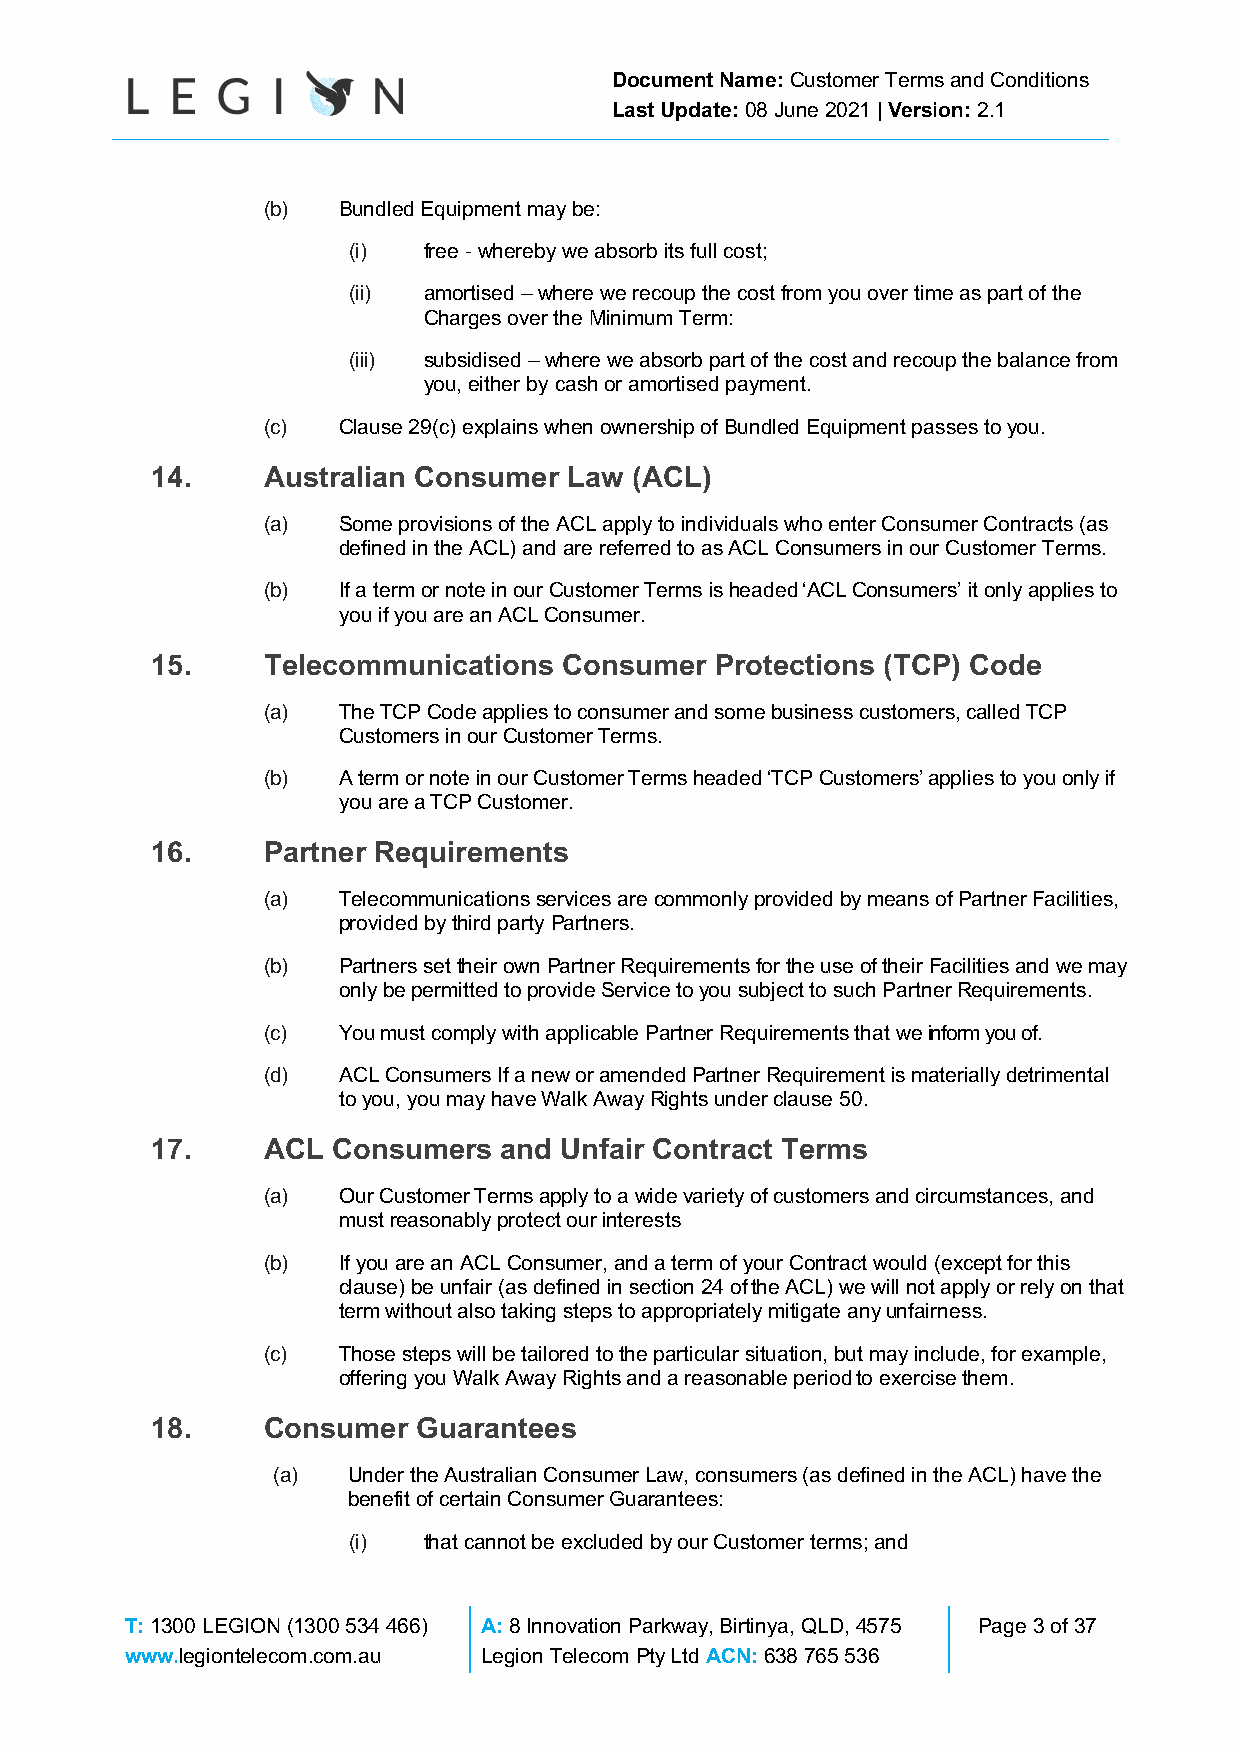
Document Name: Customer Terms and Conditions
 Last Update: 08 June 2021 | Version: 2.1
 (b)  Bundled Equipment may be:
 (i)  free - whereby we absorb its full cost;
 (ii) amortised – where we recoup the cost from you over time as part of the
 Charges over the Minimum Term:
 (iii) subsidised – where we absorb part of the cost and recoup the balance from
 you, either by cash or amortised payment.
 (c)  Clause 29(c) explains when ownership of Bundled Equipment passes to you.
 14.    Australian Consumer  Law (ACL)
 (a)  Some provisions of the ACL apply to individuals who enter Consumer Contracts (as
 defined in the ACL) and are referred to as ACL Consumers in our Customer Terms.
 (b)  If a term or note in our Customer Terms is headed ‘ACL Consumers’ it only applies to
 you if you are an ACL Consumer.
 15.    Telecommunications  Consumer  Protections (TCP) Code
 (a)  The TCP Code applies to consumer and some business customers, called TCP
 Customers in our Customer Terms.
 (b)  A term or note in our Customer Terms headed ‘TCP Customers’ applies to you only if
 you are a TCP Customer.
 16.    Partner Requirements
 (a)  Telecommunications services are commonly provided by means of Partner Facilities,
 provided by third party Partners.
 (b)  Partners set their own Partner Requirements for the use of their Facilities and we may
 only be permitted to provide Service to you subject to such Partner Requirements.
 (c)  You must comply with applicable Partner Requirements that we inform you of.
 (d)  ACL Consumers If a new or amended Partner Requirement is materially detrimental
 to you, you may have Walk Away Rights under clause 50.
 17.    ACL  Consumers  and Unfair Contract Terms
 (a)  Our Customer Terms apply to a wide variety of customers and circumstances, and
 must reasonably protect our interests
 (b)  If you are an ACL Consumer, and a term of your Contract would (except for this
 clause) be unfair (as defined in section 24 of the ACL) we will not apply or rely on that
 term without also taking steps to appropriately mitigate any unfairness.
 (c)  Those steps will be tailored to the particular situation, but may include, for example,
 offering you Walk Away Rights and a reasonable period to exercise them.
 18.    Consumer   Guarantees
 (a)  Under the Australian Consumer Law, consumers (as defined in the ACL) have the
 benefit of certain Consumer Guarantees:
 (i)  that cannot be excluded by our Customer terms; and
 T: 1300 LEGION (1300 534 466) A: 8 Innovation Parkway, Birtinya, QLD, 4575 Page 3 of 37
 www.legiontelecom.com.au Legion Telecom Pty Ltd ACN: 638 765 536